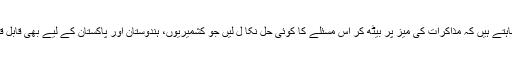
ہم تو چاہتے ہیں کہ مذاکرات کی میز پر بیٹھ کر اس مسئلے کا کوئی حل نکا ل لیں جو کشمیریوں، ہندوستان اور پاکستان کے لیے بھی قابل قبول ہو۔